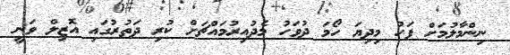
ނިންމާލުމަށް ފަހު މިދިޔަ ހޯމަ ދުވަހު މެދުއިރުމައްޗަށް ކުރި ދަތުރުގައި އޮޒިލް ވަނީ